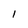
Character: 1